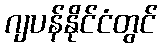
ဂျပန်နိုင်ငံတွင်